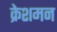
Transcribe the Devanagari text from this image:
क्रेशमन